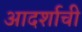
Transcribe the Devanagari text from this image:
आदर्शाची